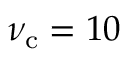
\nu _ { \mathrm { c } } = 1 0